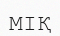
МІҚ